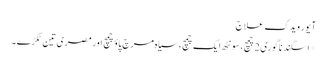
آیور ویدک علاج
*اسگند ناگوری2چمچ، سونٹھ ایک چمچ، سیاہ مرچ پاؤ چمچ اور مصری تین ٹکڑے۔